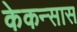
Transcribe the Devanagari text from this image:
केकन्सास